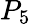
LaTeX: P_{5}